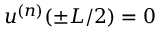
u ^ { ( n ) } ( \pm L / 2 ) = 0